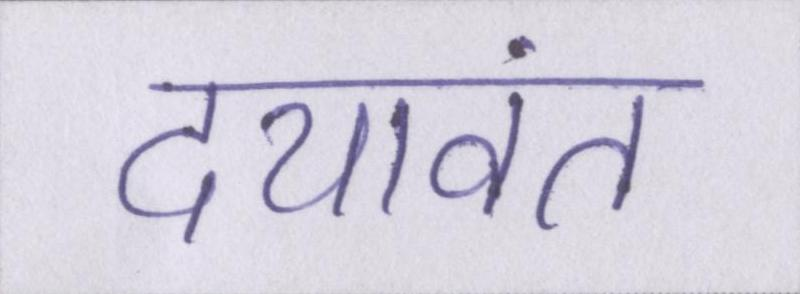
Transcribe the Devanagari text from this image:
दयावंत